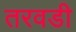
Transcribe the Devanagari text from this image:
तरवडी